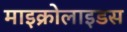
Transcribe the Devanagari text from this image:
माइक्रोलाइडस